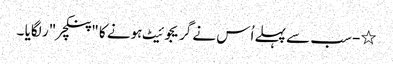
٭- سب سے پہلے اُس نے گریجوئیٹ ہونے کا "پنکچر "ر لگایا ۔